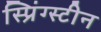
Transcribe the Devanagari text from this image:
स्प्रिंग्स्टीन